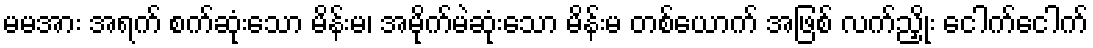
မမအား အရက် စက်ဆုံးသော မိန်းမ၊ အမိုက်မဲဆုံးသော မိန်းမ တစ်ယောက် အဖြစ် လက်ညှိုး ငေါက်ငေါက်